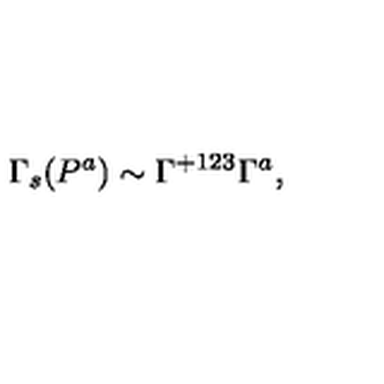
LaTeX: \Gamma _ { s } ( P ^ { a } ) \sim \Gamma ^ { + 1 2 3 } \Gamma ^ { a } ,